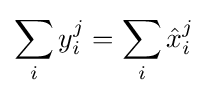
\sum _{i}y_{i}^{j}=\sum _{i}{\hat {x}}_{i}^{j}